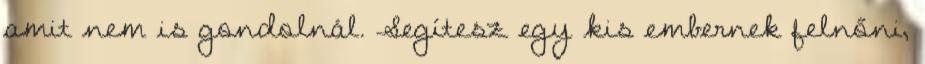
amit nem is gondolnál. Segítesz egy kis embernek felnőni,